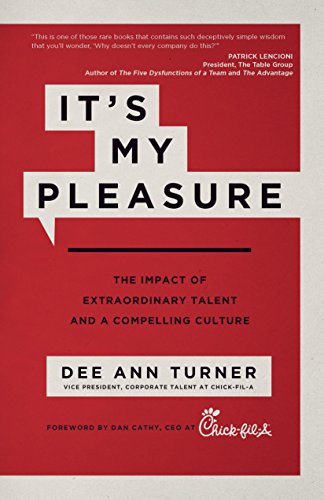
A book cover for It's My Pleasure: The Impact of Extraordinary Talent and a Compelling Culture; Dee Ann Turner; Business & Money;